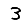
Digit: 3